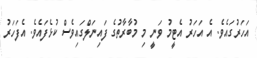
އަހަރުގައެވެ. އެ އަހަރު އެޓީމު ވަނީ މި މުބާރާތުގެ ފައިނަލްގައިވެސް ކުޅެފައެވެ. އެފަހަރު